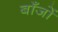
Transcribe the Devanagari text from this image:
बाँजों